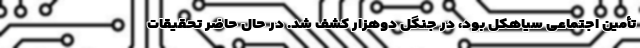
تأمین اجتماعی سیاهکل بود، در جنگل دوهزار کشف شد. در حال حاضر تحقیقات